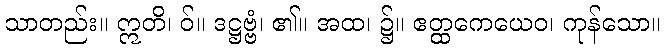
သာတည်း။ ဣတိ၊ ဝ်။ ဒဋ္ဌဗ္ဗံ၊ ၏။ အထ၊ ၌။ ဧတ္ထကေယေဝ၊ ကုန်သော။